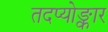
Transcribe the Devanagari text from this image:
तदप्योङ्कार